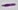
Text: -